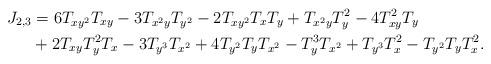
LaTeX: \begin{align*}J_{2,3}&=6T_{xy^2}T_{xy}-3T_{x^2y}T_{y^2}-2T_{xy^2}T_{x}T_{y}+T_{x^2y}T_{y}^2-4T_{xy}^2T_{y}\\& +2T_{xy}T_{y}^2T_{x}-3T_{y^3}T_{x^2}+4T_{y^2}T_{y}T_{x^2}-T_{y}^3T_{x^2}+T_{y^3}T_{x}^2-T_{y^2}T_{y}T_{x}^2. \end{align*}